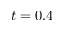
t = 0 . 4